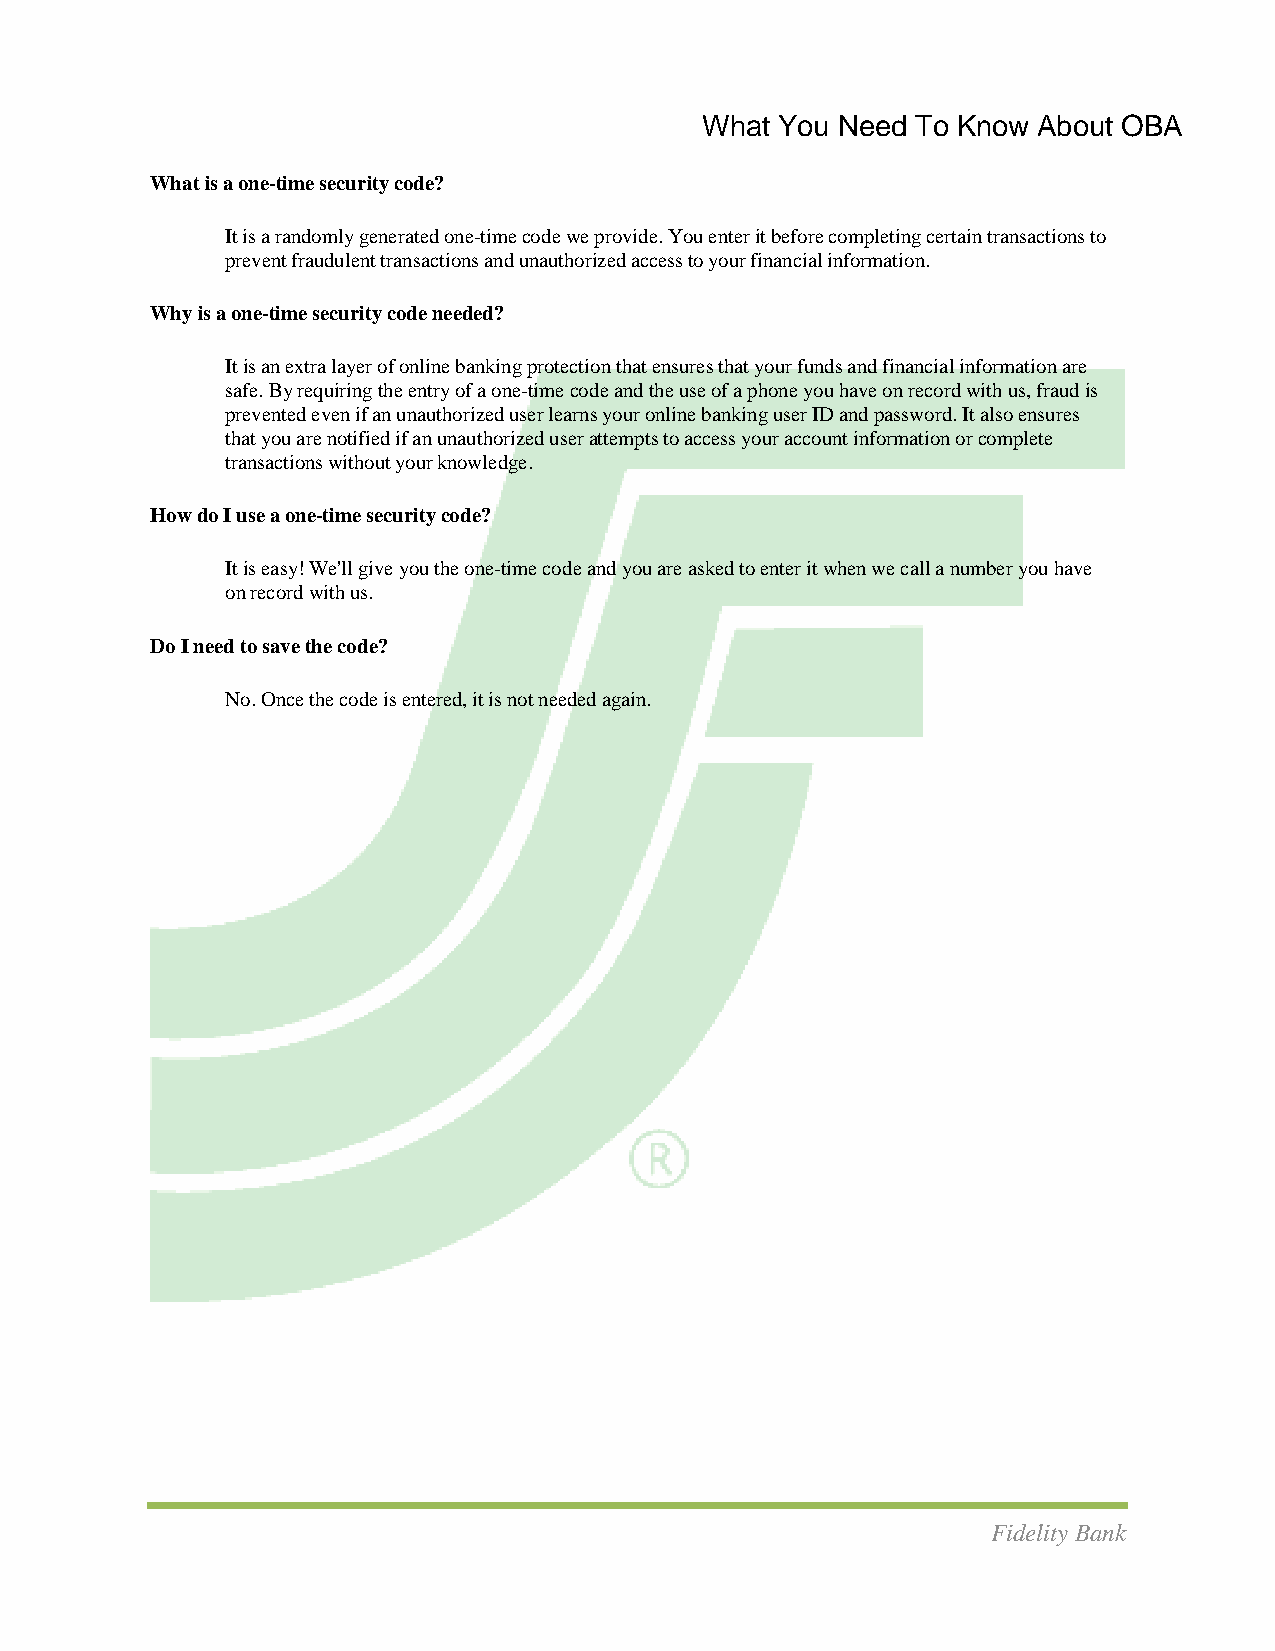
What  You Need To Know About OBA
 What is a one-time security code?
 It is a randomly generated one-time code we provide. You enter it before completing certain transactions to
 prevent fraudulent transactions and unauthorized access to your financial information.
 Why is a one-time security code needed?
 It is an extra layer of online banking protection that ensures that your funds and financial information are
 safe. By requiring the entry of a one-time code and the use of a phone you have on record with us, fraud is
 prevented even if an unauthorized user learns your online banking user ID and password. It also ensures
 that you are notified if an unauthorized user attempts to access your account information or complete
 transactions without your knowledge.
 How do I use a one-time security code?
 It is easy! We'll give you the one-time code and you are asked to enter it when we call a number you have
 on record with us.
 Do I need to save the code?
 No. Once the code is entered, it is not needed again.
 Fidelity Bank